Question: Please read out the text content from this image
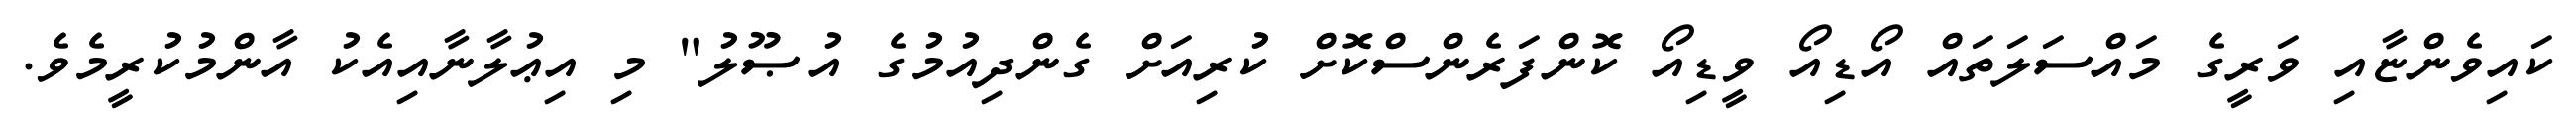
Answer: ކައިވެންޏާއި ވަރީގެ މައްސަލަތައް އޯޑިއޯ ވީޑިއޯ ކޮންފަރެންސްކޮށް ކުރިއަށް ގެންދިއުމުގެ އުޞޫލު" މި އިޢުލާނާއިއެކު އާންމުކުރީމެވެ.